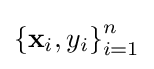
\left\{\mathbf {x} _{i},y_{i}\right\}_{i=1}^{n}